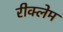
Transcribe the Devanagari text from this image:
रीक्लेम